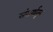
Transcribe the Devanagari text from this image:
संसर्गातून